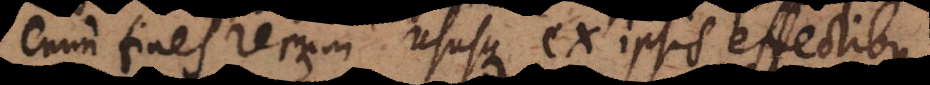
fines rerum ususque ex ipsis effectibus